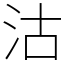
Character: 沽